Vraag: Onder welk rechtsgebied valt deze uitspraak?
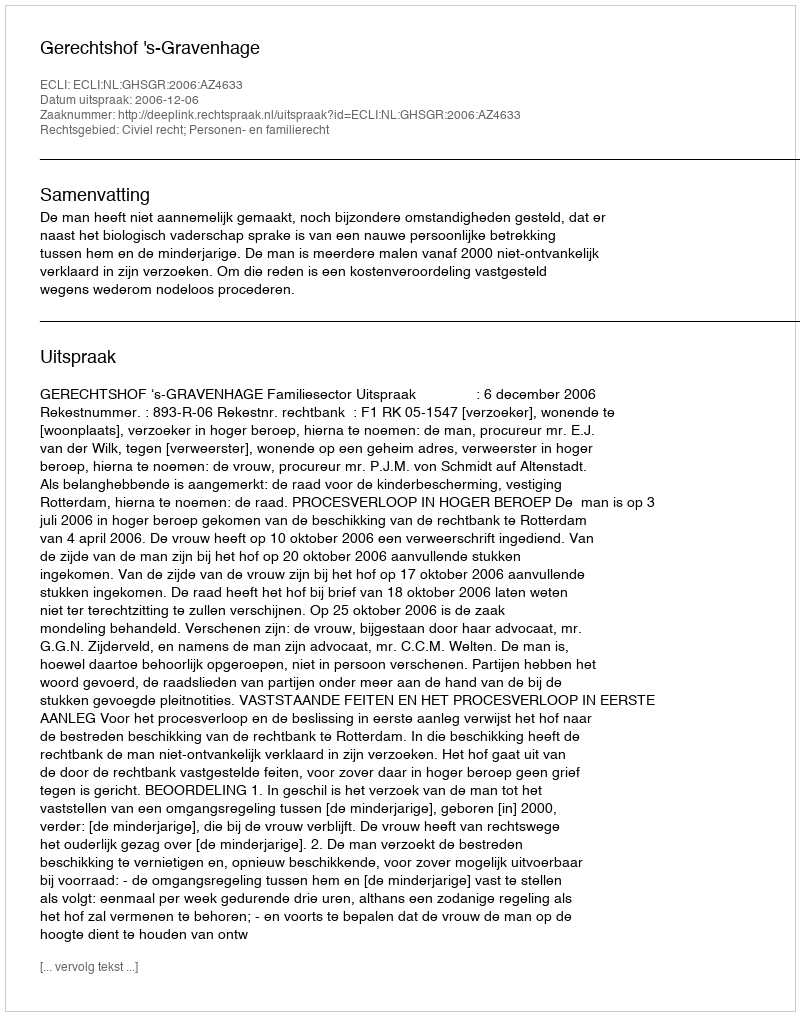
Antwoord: Civiel recht; Personen- en familierecht